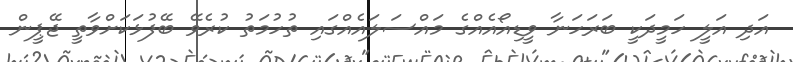
އަދި އަލީ ހަމީދަކީ ބަރަހަނާ ވީޑިއޯއެއްގެ މައްސަލައެއްގައި ތުހުމަތު ކުރެވޭ ބޭފުޅަކަށްވާތީ ޖޭޕީން